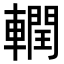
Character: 𮝧